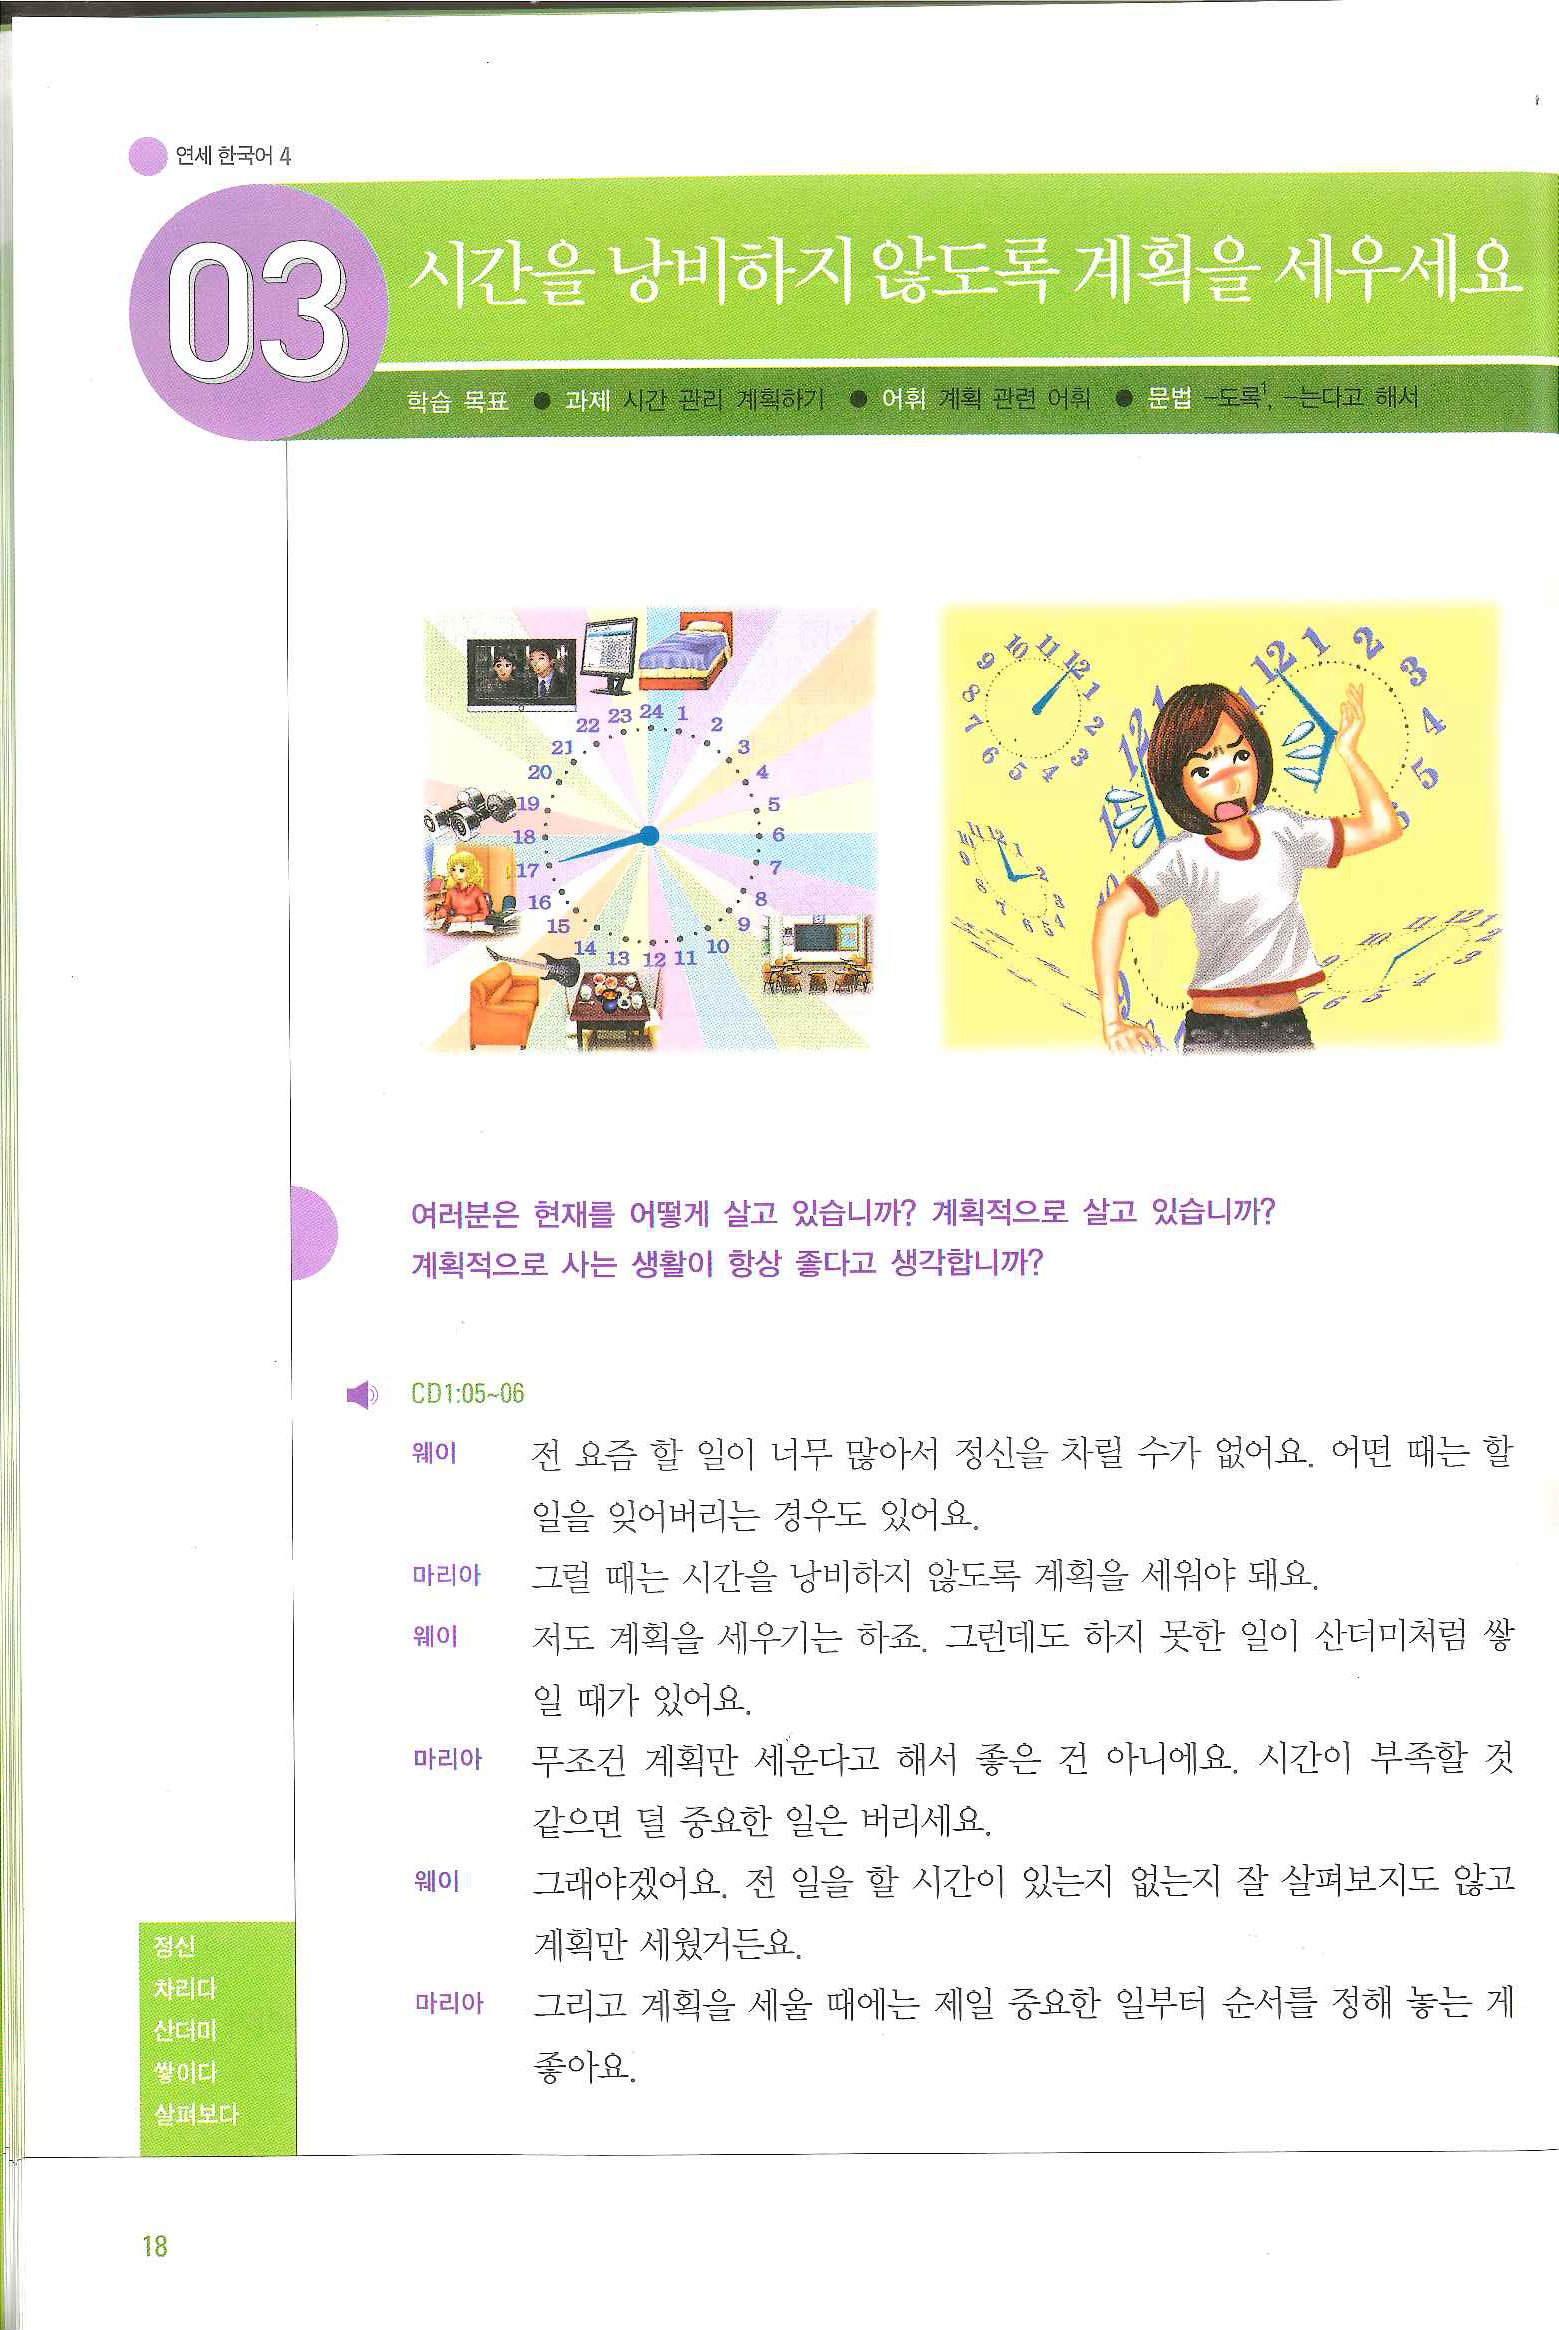
Language: ko